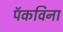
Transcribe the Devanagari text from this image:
पॅकविना